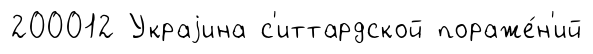
200012 Украjина с'иттардской пораже́н'ий